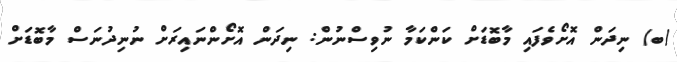
(ބ) ނިދަން އޮށޯވެފައި މާބޮޑަށް ކަންކަމާ ނުވިސްނުން: ނިދަން އޮށޯންނައިރަށް ނުނިދުނަސް މާބޮޑަށް